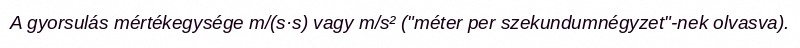
A gyorsulás mértékegysége m/(s·s) vagy m/s² ("méter per szekundumnégyzet"-nek olvasva).